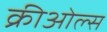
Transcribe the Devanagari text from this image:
क्रीओल्स